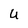
Character: U